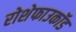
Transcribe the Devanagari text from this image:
रोशेफाउकॉड